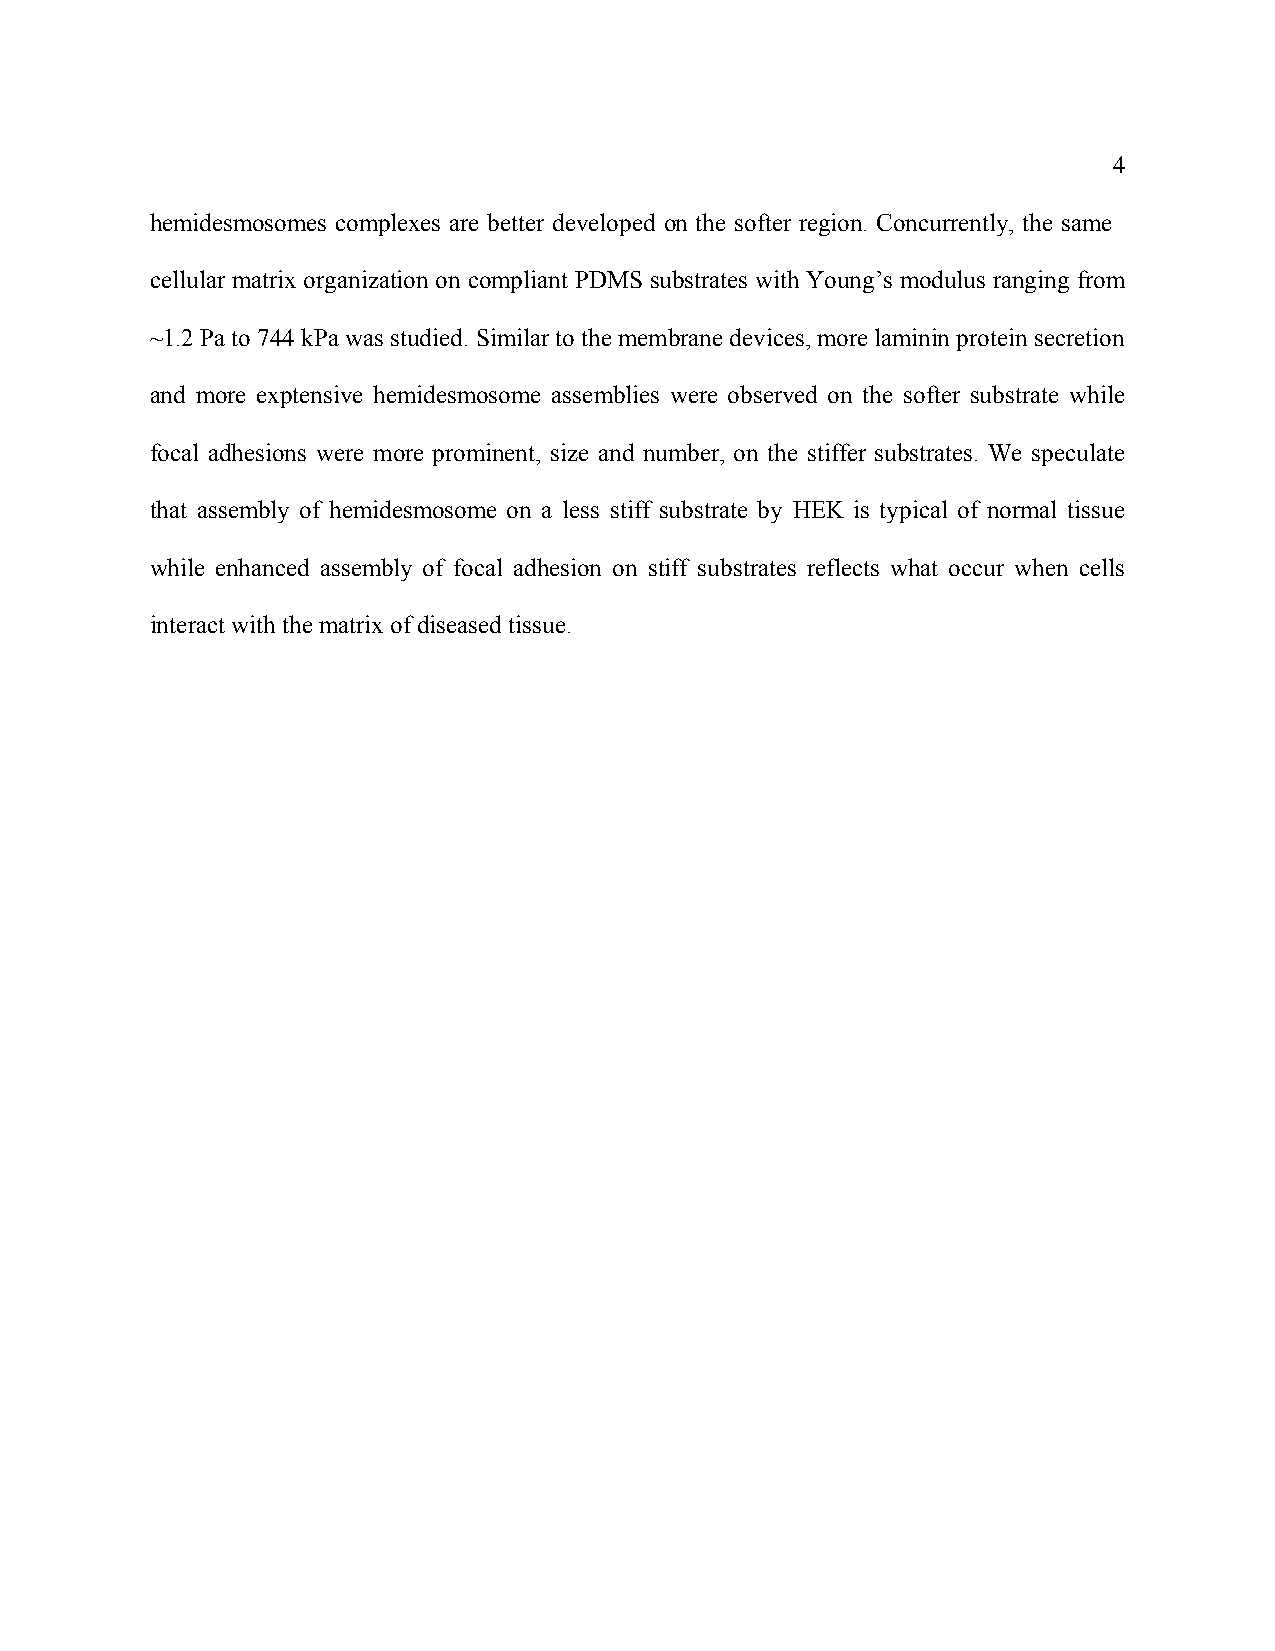
4
 hemidesmosomes complexes are better developed on the softer region. Concurrently, the same
 cellular matrix organization on compliant PDMS substrates with Young’s modulus ranging from
 ~1.2 Pa to 744 kPa was studied. Similar to the membrane devices, more laminin protein secretion
 and more exptensive hemidesmosome assemblies were observed on the softer substrate while
 focal adhesions were more prominent, size and number, on the stiffer substrates. We speculate
 that assembly of hemidesmosome on a less stiff substrate by HEK is typical of normal tissue
 while enhanced assembly of focal adhesion on stiff substrates reflects what occur when cells
 interact with the matrix of diseased tissue.